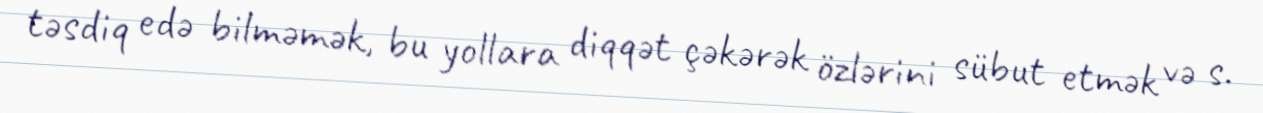
təsdiq edə bilməmək, bu yollara diqqət çəkərək özlərini sübut etmək və s.